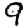
Digit: 9